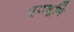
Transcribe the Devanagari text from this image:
पृठभूमि